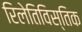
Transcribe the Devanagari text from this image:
रिलेतिविस्तिक